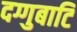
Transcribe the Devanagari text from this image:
दग्गुबाटि